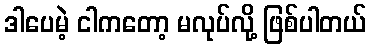
ဒါပေမဲ့ ငါကတော့ မလုပ်လို့ ဖြစ်ပါတယ်